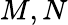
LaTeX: M,N